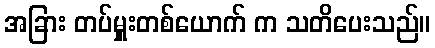
အခြား တပ်မှူးတစ်ယောက် က သတိပေးသည်။